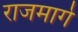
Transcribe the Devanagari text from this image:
राजमार्गे